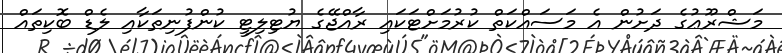
މަޝްރޫޢުގެ ދަށުން އެ މަސައްކަތް ކުރުމަށްޓަކައި ރާއްޖޭގެ ޔުޓިލިޓީ ކުންފުނިތަކާއި ލެޑް ބޮކިތައް